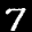
Label: 7